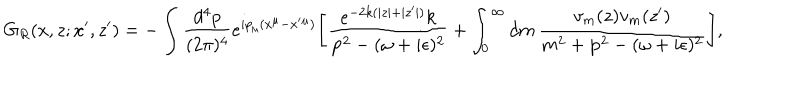
G _ { R } ( x , z ; x ^ { \prime } , z ^ { \prime } ) = - \int \frac { d ^ { 4 } p } { ( 2 \pi ) ^ { 4 } } e ^ { i p _ { \mu } ( x ^ { \mu } - x ^ { \prime } { } ^ { \mu } ) } \Biggl [ \frac { e ^ { - 2 k ( | z | + | z ^ { \prime } | ) } k } { { \bf p } ^ { 2 } - ( \omega + i \epsilon ) ^ { 2 } } + \int _ { 0 } ^ { \infty } d m \, \frac { v _ { m } ( z ) v _ { m } ( z ^ { \prime } ) } { m ^ { 2 } + { \bf p } ^ { 2 } - ( \omega + i \epsilon ) ^ { 2 } } \Biggr ] ,